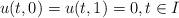
LaTeX: \begin{align*}u(t,0)=u(t,1)=0,t\in I \end{align*}